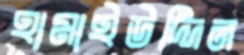
হামাইউদ্দিন